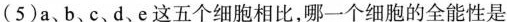
(5)a、b、c、d、e这五个细胞相比，哪一个细胞的全能性是